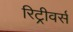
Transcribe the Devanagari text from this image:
रिट्रीवर्स